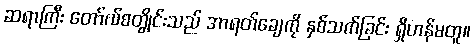
ဆရာကြီး တော်လ်စတွိုင်းသည် အာရတ်ချေကို နှစ်သက်ခြင်း ရှိဟန်မတူ။